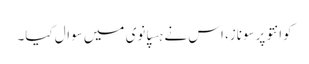
کوانتو پرسوناز، اس نے ہسپانوی میں سوال کیا۔